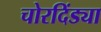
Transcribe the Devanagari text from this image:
चोरदिंड्या